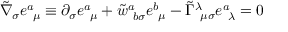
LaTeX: \tilde { \nabla } _ { \sigma } e _ { ~ \mu } ^ { a } \equiv \partial _ { \sigma } e _ { ~ \mu } ^ { a } + \tilde { w } _ { ~ b \sigma } ^ { a } e _ { ~ \mu } ^ { b } - \tilde { \Gamma } _ { ~ \mu \sigma } ^ { \lambda } e _ { ~ \lambda } ^ { a } = 0